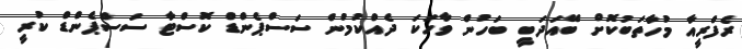
ރެފްރީއާ މުހާތަބުކޮށް ބޭއަދަބީ ބަހުން ވާހަކަ ދެއްކުމުން ސަސްޕެންޑް ކޮސްޓާ ސަސްޕެންޑް ކުރީ